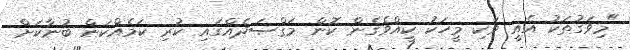
"މިވަގުތަކު އެއީ ވަކި މީހަކު ކީއްވެގެން ކޮން މަޤްޞަދެއްގައި ކުރި ކަމެއްކަން ބުނާކަށް